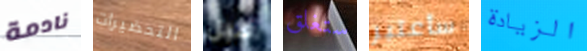
نادمة التحضيرات قبل ستغلق سأعتبر الزيادة